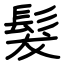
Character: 髮